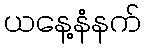
ယနေ့နံနက်